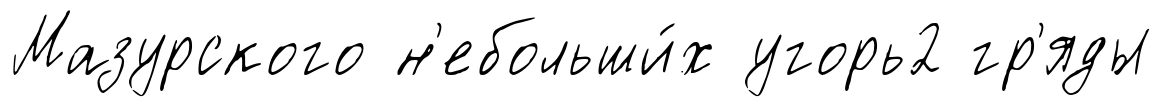
Мазурского н'ебольши́х угорь2 гр'яды